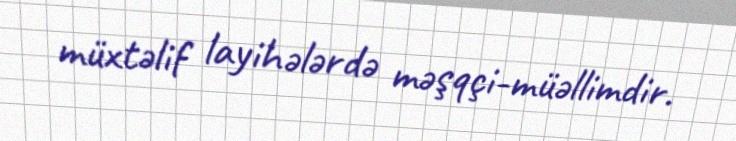
müxtəlif layihələrdə məşqçi-müəllimdir.